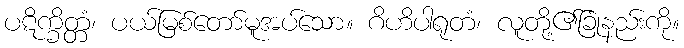
ပဋိက္ခိတ္တံ၊ ပယ်မြစ်တော်မူအပ်သော။ ဂိဟိပါရုတံ၊ လူတို့၏ခြုံနည်းကို။